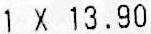
1 X 13.90